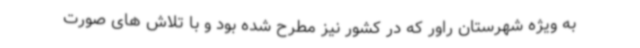
به ویژه شهرستان راور که در کشور نیز مطرح شده بود و با تلاش های صورت